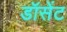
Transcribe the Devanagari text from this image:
डॉसेंट